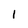
Character: I